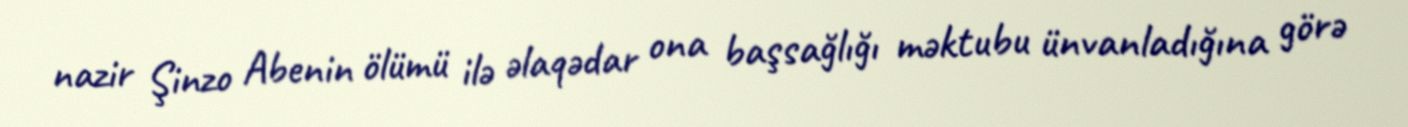
nazir Şinzo Abenin ölümü ilə əlaqədar ona başsağlığı məktubu ünvanladığına görə